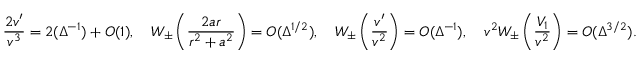
\frac { 2 v ^ { \prime } } { v ^ { 3 } } = 2 ( \Delta ^ { - 1 } ) + O ( 1 ) , \quad W _ { \pm } \left( \frac { 2 a r } { r ^ { 2 } + a ^ { 2 } } \right) = O ( \Delta ^ { 1 / 2 } ) , \quad W _ { \pm } \left( \frac { v ^ { \prime } } { v ^ { 2 } } \right) = O ( \Delta ^ { - 1 } ) , \quad v ^ { 2 } W _ { \pm } \left( \frac { V _ { 1 } } { v ^ { 2 } } \right) = O ( \Delta ^ { 3 / 2 } ) .